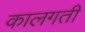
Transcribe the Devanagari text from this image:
कालगती